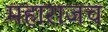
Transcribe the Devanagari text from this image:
महाराजच